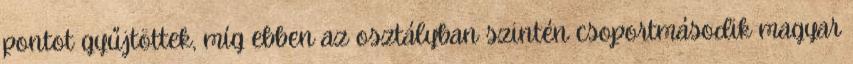
pontot gyűjtöttek, míg ebben az osztályban szintén csoportmásodik magyar